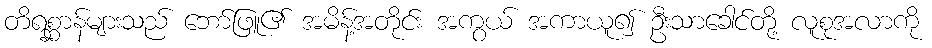
တိရစ္ဆာန်များသည် ဘော်ဖြူ၏ အမိန့်အတိုင်း အကွယ် အကာယူ၍ ဦးသာခေါင်တို့ လူစုအလာကို